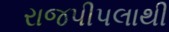
રાજપીપલાથી